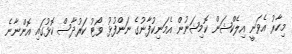
މިހާރު އެވަނީ އިލެކްޝަން ކޮމިޝަނުން އެމަނިކުފާނުގެ ނަންފުޅު ވޯޓު ކަރުދާސް ކޮޅުގައި އޮންނާނެ